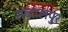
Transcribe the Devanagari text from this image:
सब्दालपुर